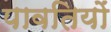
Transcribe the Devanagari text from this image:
पावतियों